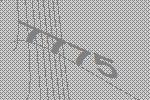
7775